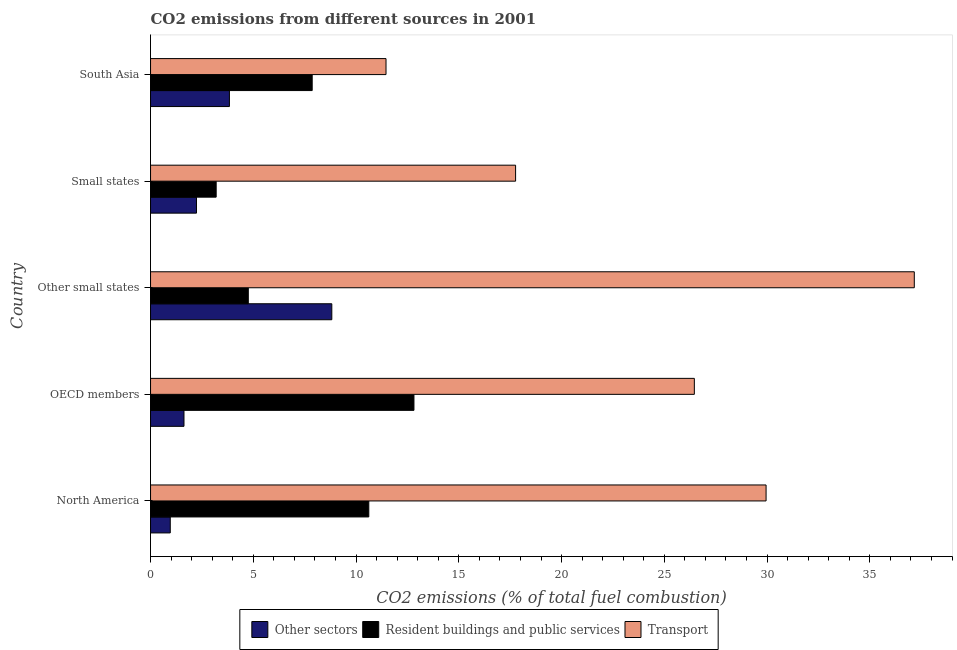
| Country | Other sectors | Resident buildings and public services | Transport |
 | --- | --- | --- | --- |
 | North America | 0.96 | 10.6 | 30 |
 | OECD members | 1.63 | 12.8 | 26.5 |
 | Other small states | 8.82 | 4.76 | 37.2 |
 | Small states | 2.24 | 3.19 | 17.8 |
 | South Asia | 3.84 | 7.87 | 11.5 |